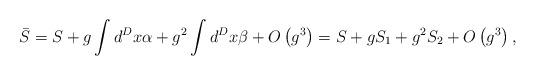
LaTeX: \begin{align*}\bar S=S+g\int d^Dx\alpha +g^2\int d^Dx\beta +O\left( g^3\right)=S+gS_1+g^2S_2+O\left( g^3\right) ,\end{align*}